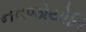
નવજોયોતિ